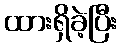
ထားရှိခဲ့ပြီး